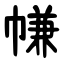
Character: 㡘